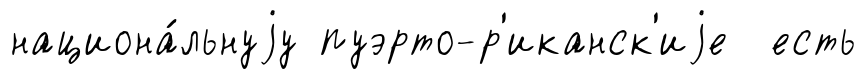
национа́льнуjу пуэрто-р'иканск'иjе есть